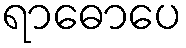
ရာဓောပေ